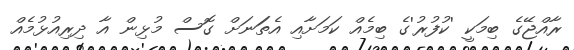
ރާއްޖޭގެ ބިމަކީ 'ކުފުރު'ގެ ބިމެއް ކަމަށާއި އެތަަނަށް ގޮސް މުޅިން އާ ދިރިއުޅުމެއް